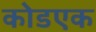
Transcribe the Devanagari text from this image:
कोडएक